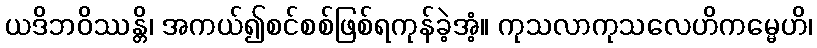
ယဒိဘဝိဿန္တိ၊ အကယ်၍စင်စစ်ဖြစ်ရကုန်ခဲ့အံ့။ ကုသလာကုသလေဟိကမ္မေဟိ၊